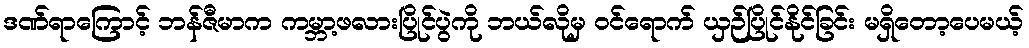
ဒဏ်ရာကြောင့် ဘန်ဇီမာက ကမ္ဘာ့ဖလားပြိုင်ပွဲကို ဘယ်လိုမှ ဝင်ရောက် ယှဉ်ပြိုင်နိုင်ခြင်း မရှိတော့ပေမယ့်